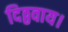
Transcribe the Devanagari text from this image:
दिठ्ठवाय।